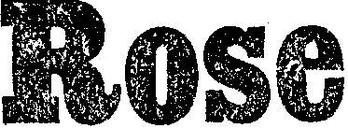
Rose